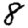
Digit: 8